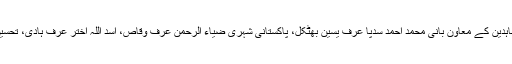
13دسمبر کو عدالت نے ممنوعہ تنظیم کے پانچ کارکنوں بشمول انڈین مجاہدین کے معاون بانی محمد احمد سدپا عرف یسین بھٹکل، پاکستانی شہری ضیاء الرحمن عرف وقاص، اسد اللہ اختر عرف ہادی، تحسین اختر عرف مونو اور اعجاز شیخ کو ان دھماکوں کا خاطی قرا ر دیا تھا ۔